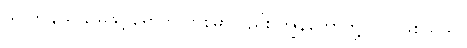
သူ ဤနယ် မြေသို့ ရောက်လာစမှာလည်း ကျွန်တော်တို့လိုပင်ဖြစ်သည်။